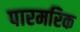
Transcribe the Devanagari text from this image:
पारमरिक